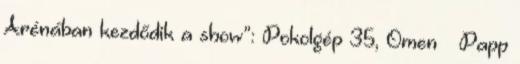
Arénában kezdődik a show”: Pokolgép 35, Omen – Papp